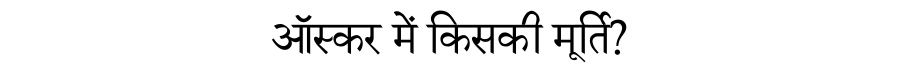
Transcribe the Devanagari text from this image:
ऑस्कर में किसकी मूर्ति?